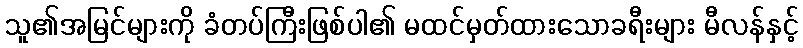
သူ၏အမြင်များကို ခံတပ်ကြီးဖြစ်ပါ၏ မထင်မှတ်ထားသောခရီးများ မီလန်နှင့်